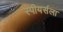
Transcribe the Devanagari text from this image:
स्पीयर्सला